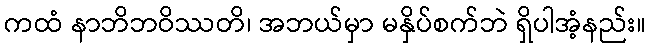
ကထံ နာဘိဘဝိဿတိ၊ အဘယ်မှာ မနှိပ်စက်ဘဲ ရှိပါအံ့နည်း။